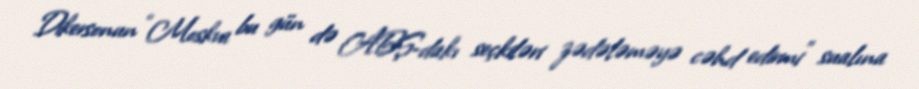
Dikersonun “Moskva bu gün də ABŞ-dakı seçkiləri zədələməyə cəhd edirmi” sualına